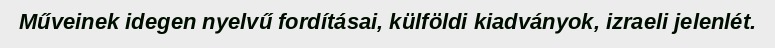
Műveinek idegen nyelvű fordításai, külföldi kiadványok, izraeli jelenlét.